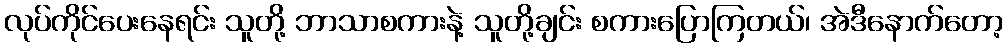
လုပ်ကိုင်ပေးနေရင်း သူတို့ ဘာသာစကားနဲ့ သူတို့ချင်း စကားပြောကြတယ်၊ အဲဒီနောက်တော့